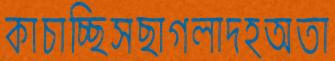
কাচাচ্ছিসছাগলাদহঅতা